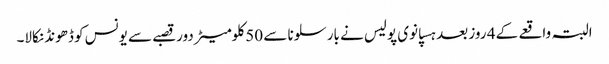
البتہ واقعے کے 4 روز بعد ہسپانوی پولیس نے بارسلونا سے 50 کلومیٹر دور قصبے سے یونس کو ڈھونڈ نکالا۔